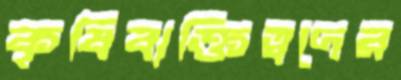
কৃষিব্যক্তিত্বদের